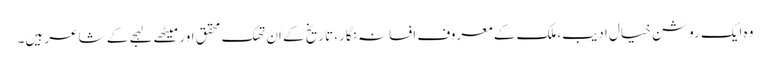
وہ ایک روشن خیال ادیب،ملک کے معروف افسانہ نگار، تاریخ کے اَن تھک محقق اور میٹھے لہجے کے شاعر ہیں۔